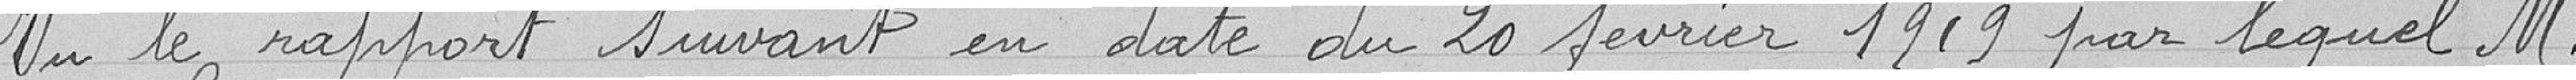
Vu le rapport suivant en date du 20 février 1919 par lequel M.